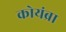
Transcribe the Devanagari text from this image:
कोयंब्रा